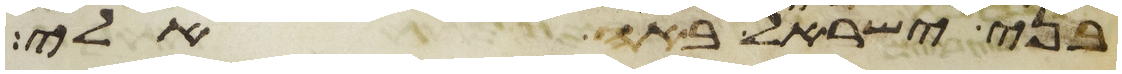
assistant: בני ישראל באה אלי